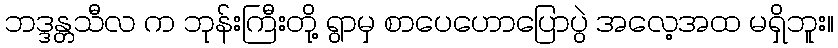
ဘဒ္ဒန္တသီလ က ဘုန်းကြီးတို့ ရွာမှ စာပေဟောပြောပွဲ အလေ့အထ မရှိဘူး။